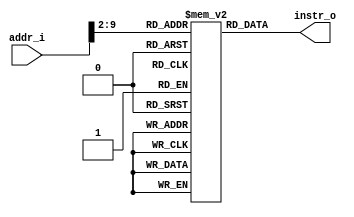
//not modify
module Instruction_Memory
(
    addr_i, 
    instr_o
);

// Interface
input   [31:0]      addr_i;
output  [31:0]      instr_o;

// Instruction memory
reg     [31:0]     memory  [0:255];

assign  instr_o = memory[addr_i>>2];  

endmodule